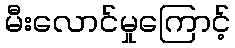
မီးလောင်မှုကြောင့်